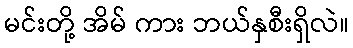
မင်းတို့ အိမ် ကား ဘယ်နှစီးရှိလဲ။